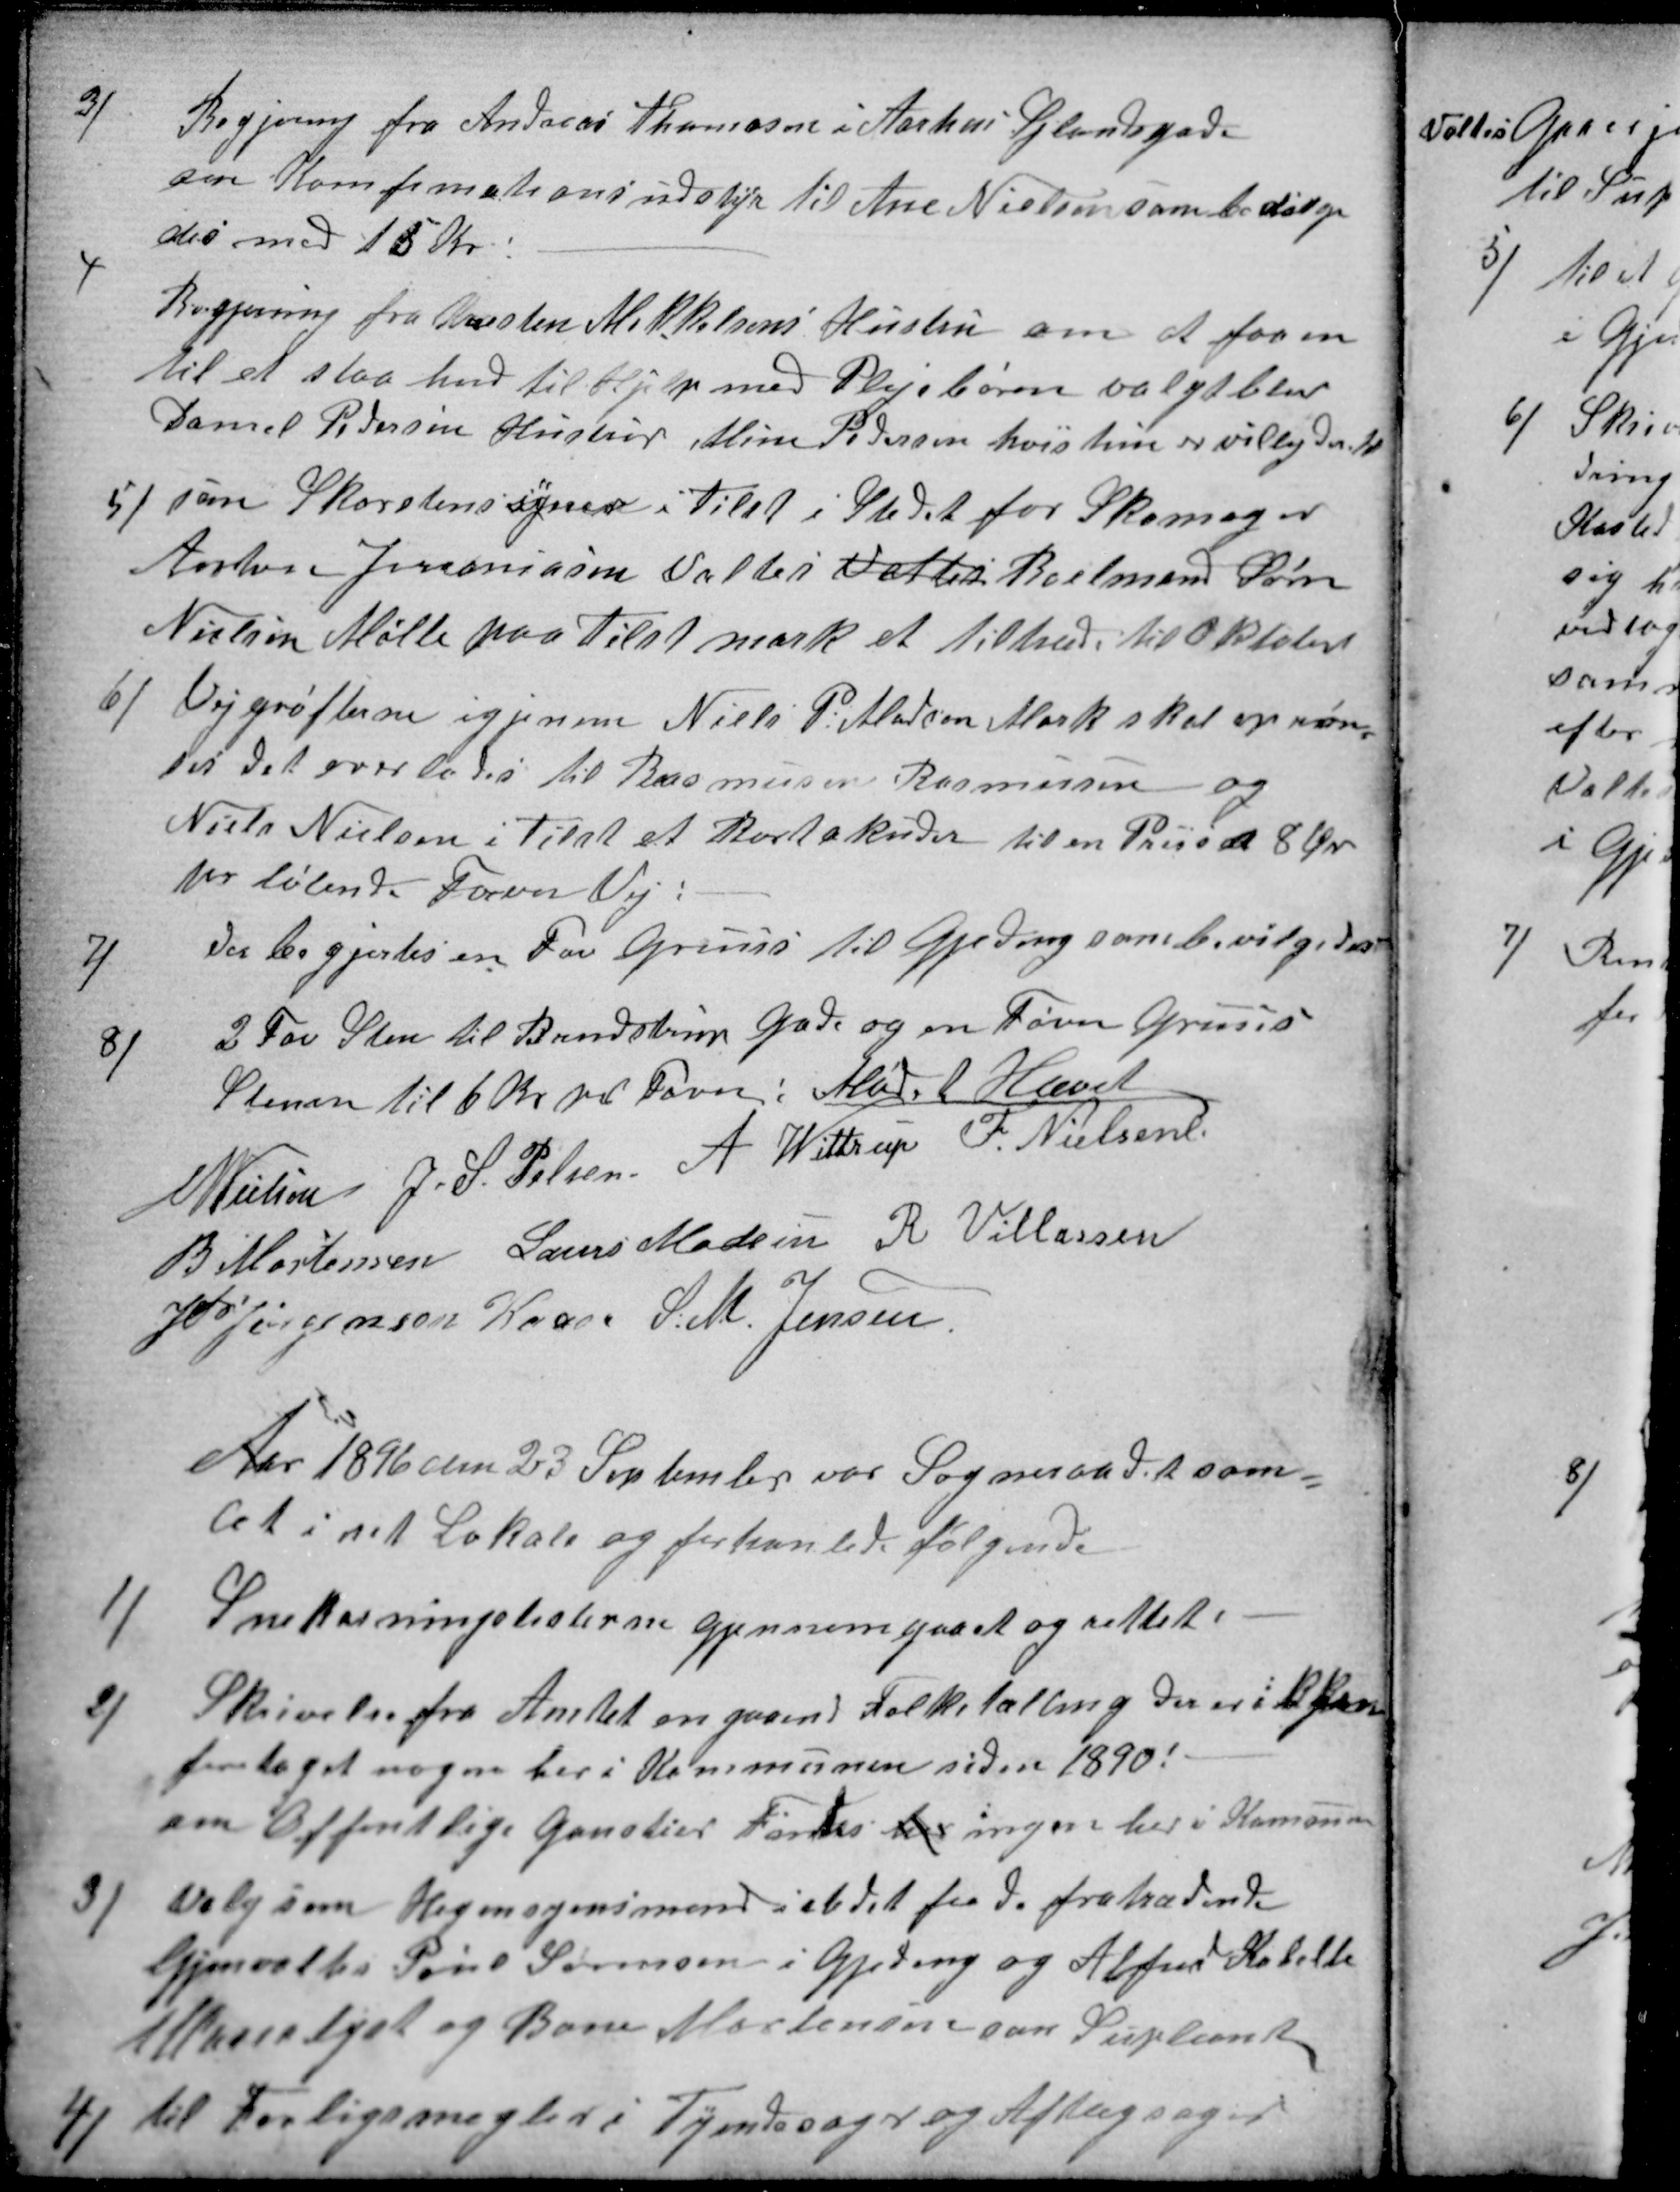
Transskription:
3)
Begjering fra Andreas Thomasen i Aarhus Sjlandsgade
om Konfimationsudstyr til Ane Nielsen som bevilge
des med 15 Kr!
4
Begjerning fra Kresten Mikkelsens Hustru om at faa en
til at staa hnd til Hjelp med Plejebørn valgt blev
Daniel Pedersen Hustru Mine Pedersen hvis hun er villig dertil
5)
som Skorstenssyner i Tilst i Stedet for Skomager
Anton Jeremiasen Valtes Valtes Boelmand Søren
Nielsen Mølle paa Tilst mark at Tiltræde til Oktober
6)
Vejgrøfterne igjenem Niels P: Madsen Mark skal opren-
ses det overlodes til Rasmussen Rasmussen og
Niels Nielsen i Tilst at Bortakuder til en Priis a 8 Øre
pr løbende Favn Vej:
7)
Der begjertes en Fav Gruus til Gjeding som bevilgedes
8)
2 Fav Sten til Brendstrup Gade og en Favn Gruus
Stenen til 6 Kr pr Favn: Mødet Hævet
N Nielsen
J. S. Pelsen
A Wittrup
F. Nielsen
B Mortensen
Laurs Madsen
R Villassen
J P Jørgensen Kaae
S. M. Jensen
Aar 1896 den 23 September var Sogneraadet sam=
let i sit Lokale og forhanlede følgende
1)
Snekasningslisterne gjennemgaaet og rettet.
2)
Skrivelse fra Amtet angaaend Folketælling der er ikke
foretaget nogen her i Kommunen siden 1890!
om Offentlige Ganstier Findes her ingen her i Komunen
3)
Valg som Hegnsynsmend i stedet for de fratrædende
Gjenvaltes Poul Sørensen i Gjeding og Alfred Kabelle
Marielyst og Bone Mortensen som Supleant
4)
til Forligsmegler i Tyendesager og Aftægsager